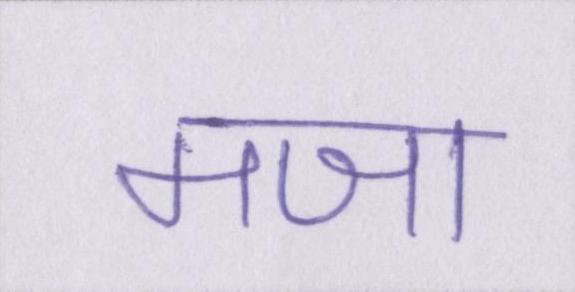
मजा